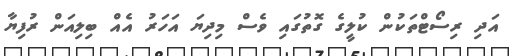
އަދި ރިސޯޓްތަކުން ކުލީގެ ގޮތުގައި ވެސް މިދިޔަ އަހަރު އެއް ބިލިއަން ރުފިޔާ